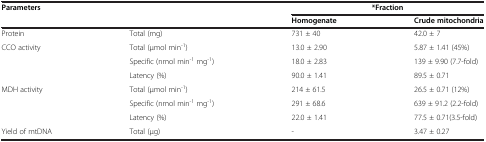
| <ROWSPAN=2-COLSPAN=2> Parameters | <COLSPAN=2> *Fraction |
 | Homogenate | Crude mitochondria |
 | --- | --- | --- | --- |
 | Protein | Total (mg) | 731 ± 40 | 42.0 ± 7 |
 | <ROWSPAN=3> CCO activity | Total (μmol min-1) | 13.0 ± 2.90 | 5.87 ± 1.41 (45%) |
 | Specific (nmol min-1 mg-1) | 18.0 ± 2.83 | 139 ± 9.90 (7.7-fold) |
 | Latency (%) | 90.0 ± 1.41 | 89.5 ± 0.71 |
 | <ROWSPAN=3> MDH activity | Total (μmol min-1) | 214 ± 61.5 | 26.5 ± 0.71 (12%) |
 | Specific (nmol min-1 mg-1) | 291 ± 68.6 | 639 ± 91.2 (2.2-fold) |
 | Latency (%) | 22.0 ± 1.41 | 77.5 ± 0.71(3.5-fold) |
 | Yield of mtDNA | Total (μg) | - | 3.47 ± 0.27 |